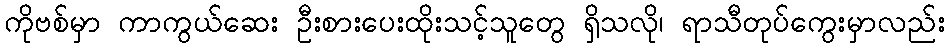
ကိုဗစ်မှာ ကာကွယ်ဆေး ဦးစားပေးထိုးသင့်သူတွေ ရှိသလို၊ ရာသီတုပ်ကွေးမှာလည်း